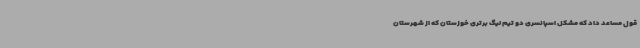
قول مساعد داد که مشکل اسپانسری دو تیم لیگ برتری خوزستان که از شهرستان